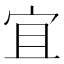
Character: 宜